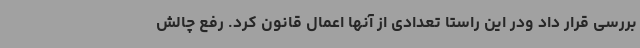
بررسی قرار داد ودر این راستا تعدادی از آنها اعمال قانون کرد. رفع چالش